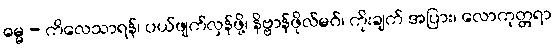
ဓမ္မ - ကိလေသာရန်၊ ပယ်ဖျက်လှန်ဖို့၊ နိဗ္ဗာန်ဖိုလ်မဂ်၊ ကိုးချက် အပြား၊ လောကုတ္တရာ